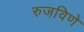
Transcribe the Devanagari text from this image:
रुजविणे